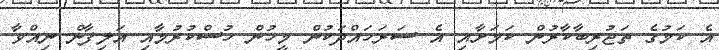
އެ ކަމުގެ ތަޖުރިބާކާރުން ކަމަށާއި އެ ސަރަހައްދަކުން މީހުން ހުސްކުރުމާއި އަލިފާން ނިއްވާ